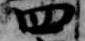
四